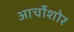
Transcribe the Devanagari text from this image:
आर्चोशोर